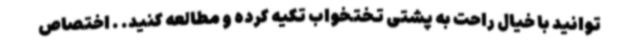
توانید با خیال راحت به پشتی تختخواب تکیه کرده و مطالعه کنید. . اختصاص